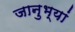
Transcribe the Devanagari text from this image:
जानुभ्यां